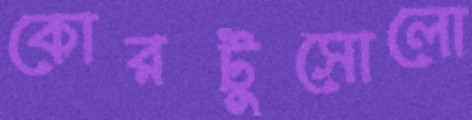
কোরটুসোলো